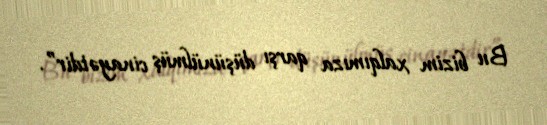
Bu bizim xalqımıza qarşı düşünülmüş cinayətdir”.